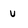
Character: U